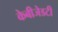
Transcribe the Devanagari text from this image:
केबीजेडटी